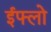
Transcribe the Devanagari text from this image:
ईफ्लो